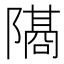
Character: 𫕕